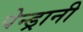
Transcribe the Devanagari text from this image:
पेन्ड्रानी